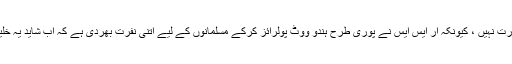
اور اب تو الیکشن میں اس کے ووٹ کی بھی ضرورت نہیں ، کیونکہ آر ایس ایس نے پوری طرح ہندو ووٹ پولرائز کرکے مسلمانوں کے لیے اتنی نفرت بھردی ہے کہ اب شاید یہ خلیج پاٹنابھی اگلے 100سالوں میں مشکل نظرآتا ہے۔